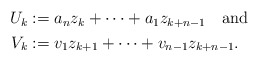
\begin{align*}\begin{aligned}U_k&:=a_n z_k+\cdots+a_1 z_{k+n-1}\quad\mbox{and}\\V_k&:=v_1z_{k+1} +\cdots+v_{n-1}z_{k+n-1}.\end{aligned}\end{align*}